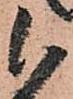
被